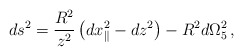
\begin{align*}ds^2 = \frac{R^2}{z^2}\left(dx_{\parallel}^2 -dz^2\right) -R^2 d\Omega_5^2\, ,\end{align*}